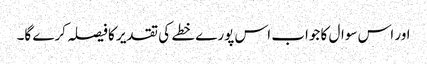
اور اس سوال کا جواب اس پورے خطے کی تقدیر کا فیصلہ کرے گا۔